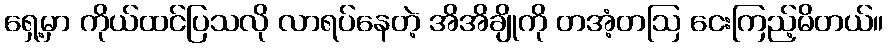
ရှေ့မှာ ကိုယ်ထင်ပြသလို လာရပ်နေတဲ့ အိအိချိုကို တအံ့တဩ ငေးကြည့်မိတယ်။